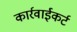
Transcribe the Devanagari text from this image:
कार्रवाईकर्ट